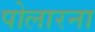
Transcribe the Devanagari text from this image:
पोलारना